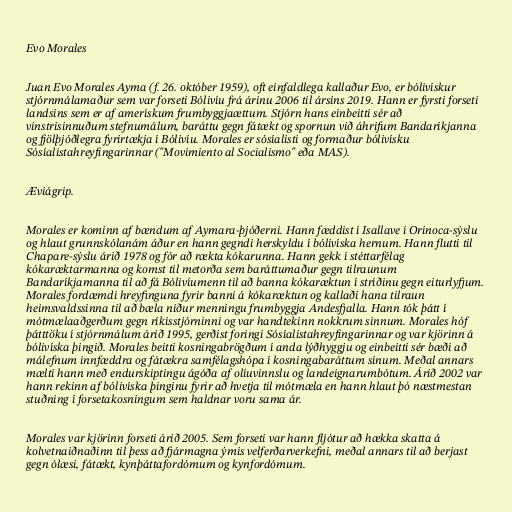
Evo Morales

Juan Evo Morales Ayma (f. 26. október 1959), oft einfaldlega kallaður Evo, er bólivískur
stjórnmálamaður sem var forseti Bólivíu frá árinu 2006 til ársins 2019. Hann er fyrsti forseti
landsins sem er af amerískum frumbyggjaættum. Stjórn hans einbeitti sér að
vinstrisinnuðum stefnumálum, baráttu gegn fátækt og spornun við áhrifum Bandaríkjanna
og fjölþjóðlegra fyrirtækja í Bólivíu. Morales er sósíalisti og formaður bólivísku
Sósíalistahreyfingarinnar ("Movimiento al Socialismo" eða MAS).

Æviágrip.

Morales er kominn af bændum af Aymara-þjóðerni. Hann fæddist í Isallave í Orinoca-sýslu
og hlaut grunnskólanám áður en hann gegndi herskyldu í bólivíska hernum. Hann flutti til
Chapare-sýslu árið 1978 og fór að rækta kókarunna. Hann gekk í stéttarfélag
kókaræktarmanna og komst til metorða sem baráttumaður gegn tilraunum
Bandaríkjamanna til að fá Bólivíumenn til að banna kókaræktun í stríðinu gegn eiturlyfjum.
Morales fordæmdi hreyfinguna fyrir banni á kókaræktun og kallaði hana tilraun
heimsvaldssinna til að bæla niður menningu frumbyggja Andesfjalla. Hann tók þátt í
mótmælaaðgerðum gegn ríkisstjórninni og var handtekinn nokkrum sinnum. Morales hóf
þátttöku í stjórnmálum árið 1995, gerðist foringi Sósíalistahreyfingarinnar og var kjörinn á
bólivíska þingið. Morales beitti kosningabrögðum í anda lýðhyggju og einbeitti sér bæði að
málefnum innfæddra og fátækra samfélagshópa í kosningabaráttum sínum. Meðal annars
mælti hann með endurskiptingu ágóða af olíuvinnslu og landeignarumbótum. Árið 2002 var
hann rekinn af bólivíska þinginu fyrir að hvetja til mótmæla en hann hlaut þó næstmestan
stuðning í forsetakosningum sem haldnar voru sama ár.

Morales var kjörinn forseti árið 2005. Sem forseti var hann fljótur að hækka skatta á
kolvetnaiðnaðinn til þess að fjármagna ýmis velferðarverkefni, meðal annars til að berjast
gegn ólæsi, fátækt, kynþáttafordómum og kynfordómum.